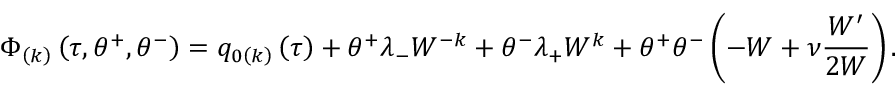
\Phi _ { \left( k \right) } \left( \tau , \theta ^ { + } , \theta ^ { - } \right) = q _ { 0 \left( k \right) } \left( \tau \right) + \theta ^ { + } \lambda _ { - } W ^ { - k } + \theta ^ { - } \lambda _ { + } W ^ { k } + \theta ^ { + } \theta ^ { - } \left( - W + \nu \frac { W ^ { \prime } } { 2 W } \right) .